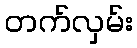
တက်လှမ်း